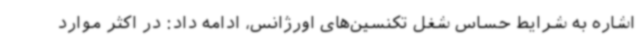
اشاره به شرایط حساس شغل تکنسین‌های اورژانس، ادامه داد: در اکثر موارد